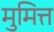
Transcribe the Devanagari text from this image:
मुमित्त